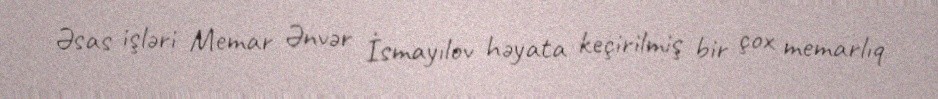
Əsas işləri Memar Ənvər İsmayılov həyata keçirilmiş bir çox memarlıq